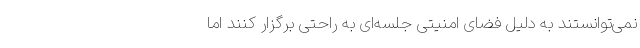
نمی‌توانستند به دلیل فضای امنیتی جلسه‌ای به راحتی برگزار کنند اما